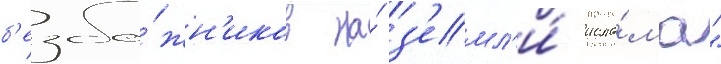
б'езбо́жн'иков на́ з'емл'и́ исла́ма"